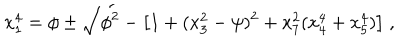
x _ { 1 } ^ { 4 } = \phi \pm \sqrt { \phi ^ { 2 } - \left[ 1 + ( x _ { 3 } ^ { 2 } - \psi ) ^ { 2 } + x _ { 7 } ^ { 2 } ( x _ { 4 } ^ { 4 } + x _ { 5 } ^ { 4 } ) \right] } \; ,